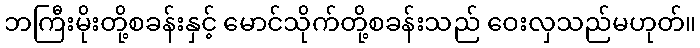
ဘကြီးမိုးတို့စခန်းနှင့် မောင်သိုက်တို့စခန်းသည် ဝေးလှသည်မဟုတ်။